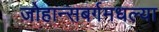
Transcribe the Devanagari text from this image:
जोहान्सबर्गमधल्या